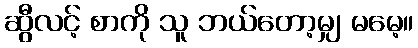
ဆွီလင့် စာကို သူ ဘယ်တော့မျှ မမေ့။